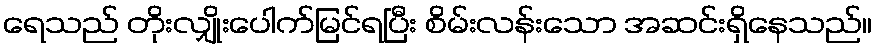
ရေသည် တိုးလျှိုးပေါက်မြင်ရပြီး စိမ်းလန်းသော အဆင်းရှိနေသည်။